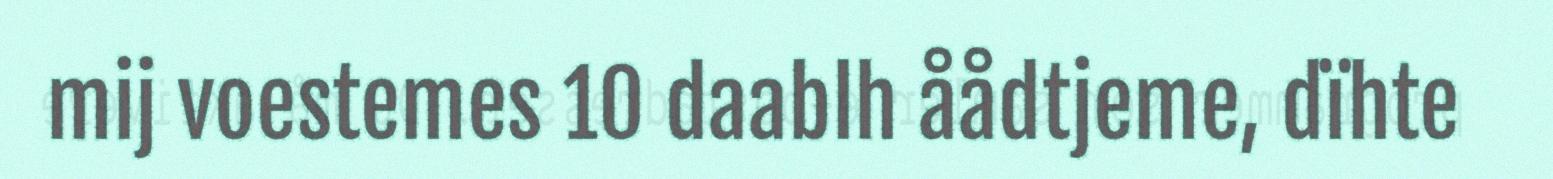
mij voestemes 10 daablh åådtjeme, dïhte